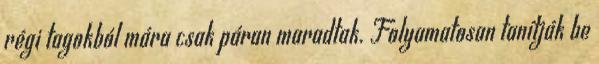
régi tagokból mára csak páran maradtak. Folyamatosan tanítják be